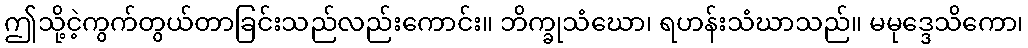
ဤသို့ငဲ့ကွက်တွယ်တာခြင်းသည်လည်းကောင်း။ ဘိက္ခုသံဃော၊ ရဟန်းသံဃာသည်။ မမုဒ္ဒေသိကော၊